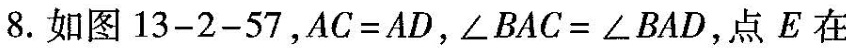
8.如图13-2-57，$$A C = A D$$，$$∠ B A C = ∠ B A D$$，点E在